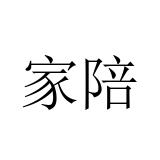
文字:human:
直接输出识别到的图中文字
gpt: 家陪